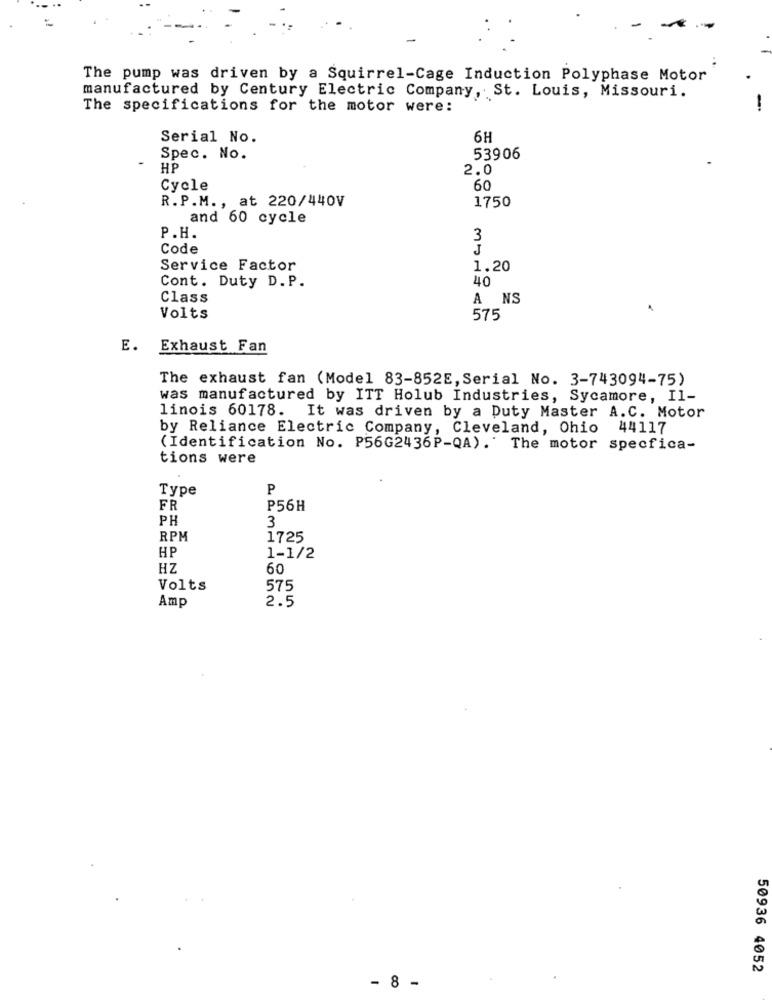
The pump was driven by a Squirrel-Cage Induction Polyphase Motor
manufactured by Century Electric Company, St. Louis, Missouri.
The specifications for the motor were:
Serial No.
6H
Spec. No.
53906
HP
2.0
Cycle
60
R.P.M ., at 220/440V
1750
and 60 cycle
P.H.
3
Code
J
Service Factor
1.20
Cont. Duty D. P.
40
Class
A NS
Volts
575
E.
Exhaust Fan
The exhaust fan (Model 83-852E, Serial No. 3-743094-75)
was manufactured by ITT Holub Industries, Sycamore, Il-
linois 60178. It was driven by a Duty Master A.C. Motor
by Reliance Electric Company, Cleveland, Ohio 44117
(Identification No. P56G2436P-QA). The motor specfica-
tions were
Type
P
FR
P56H
PH
3
RPM
1725
HP
1-1/2
HZ
60
Volts
575
Amp
2.5
50936 4052
- 8 -